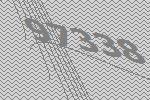
97338